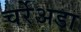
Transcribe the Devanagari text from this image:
चर्रेअडा